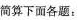
简算下面各题：